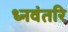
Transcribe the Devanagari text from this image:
ध्नवंतरि